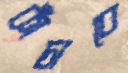
কাঁচাবে